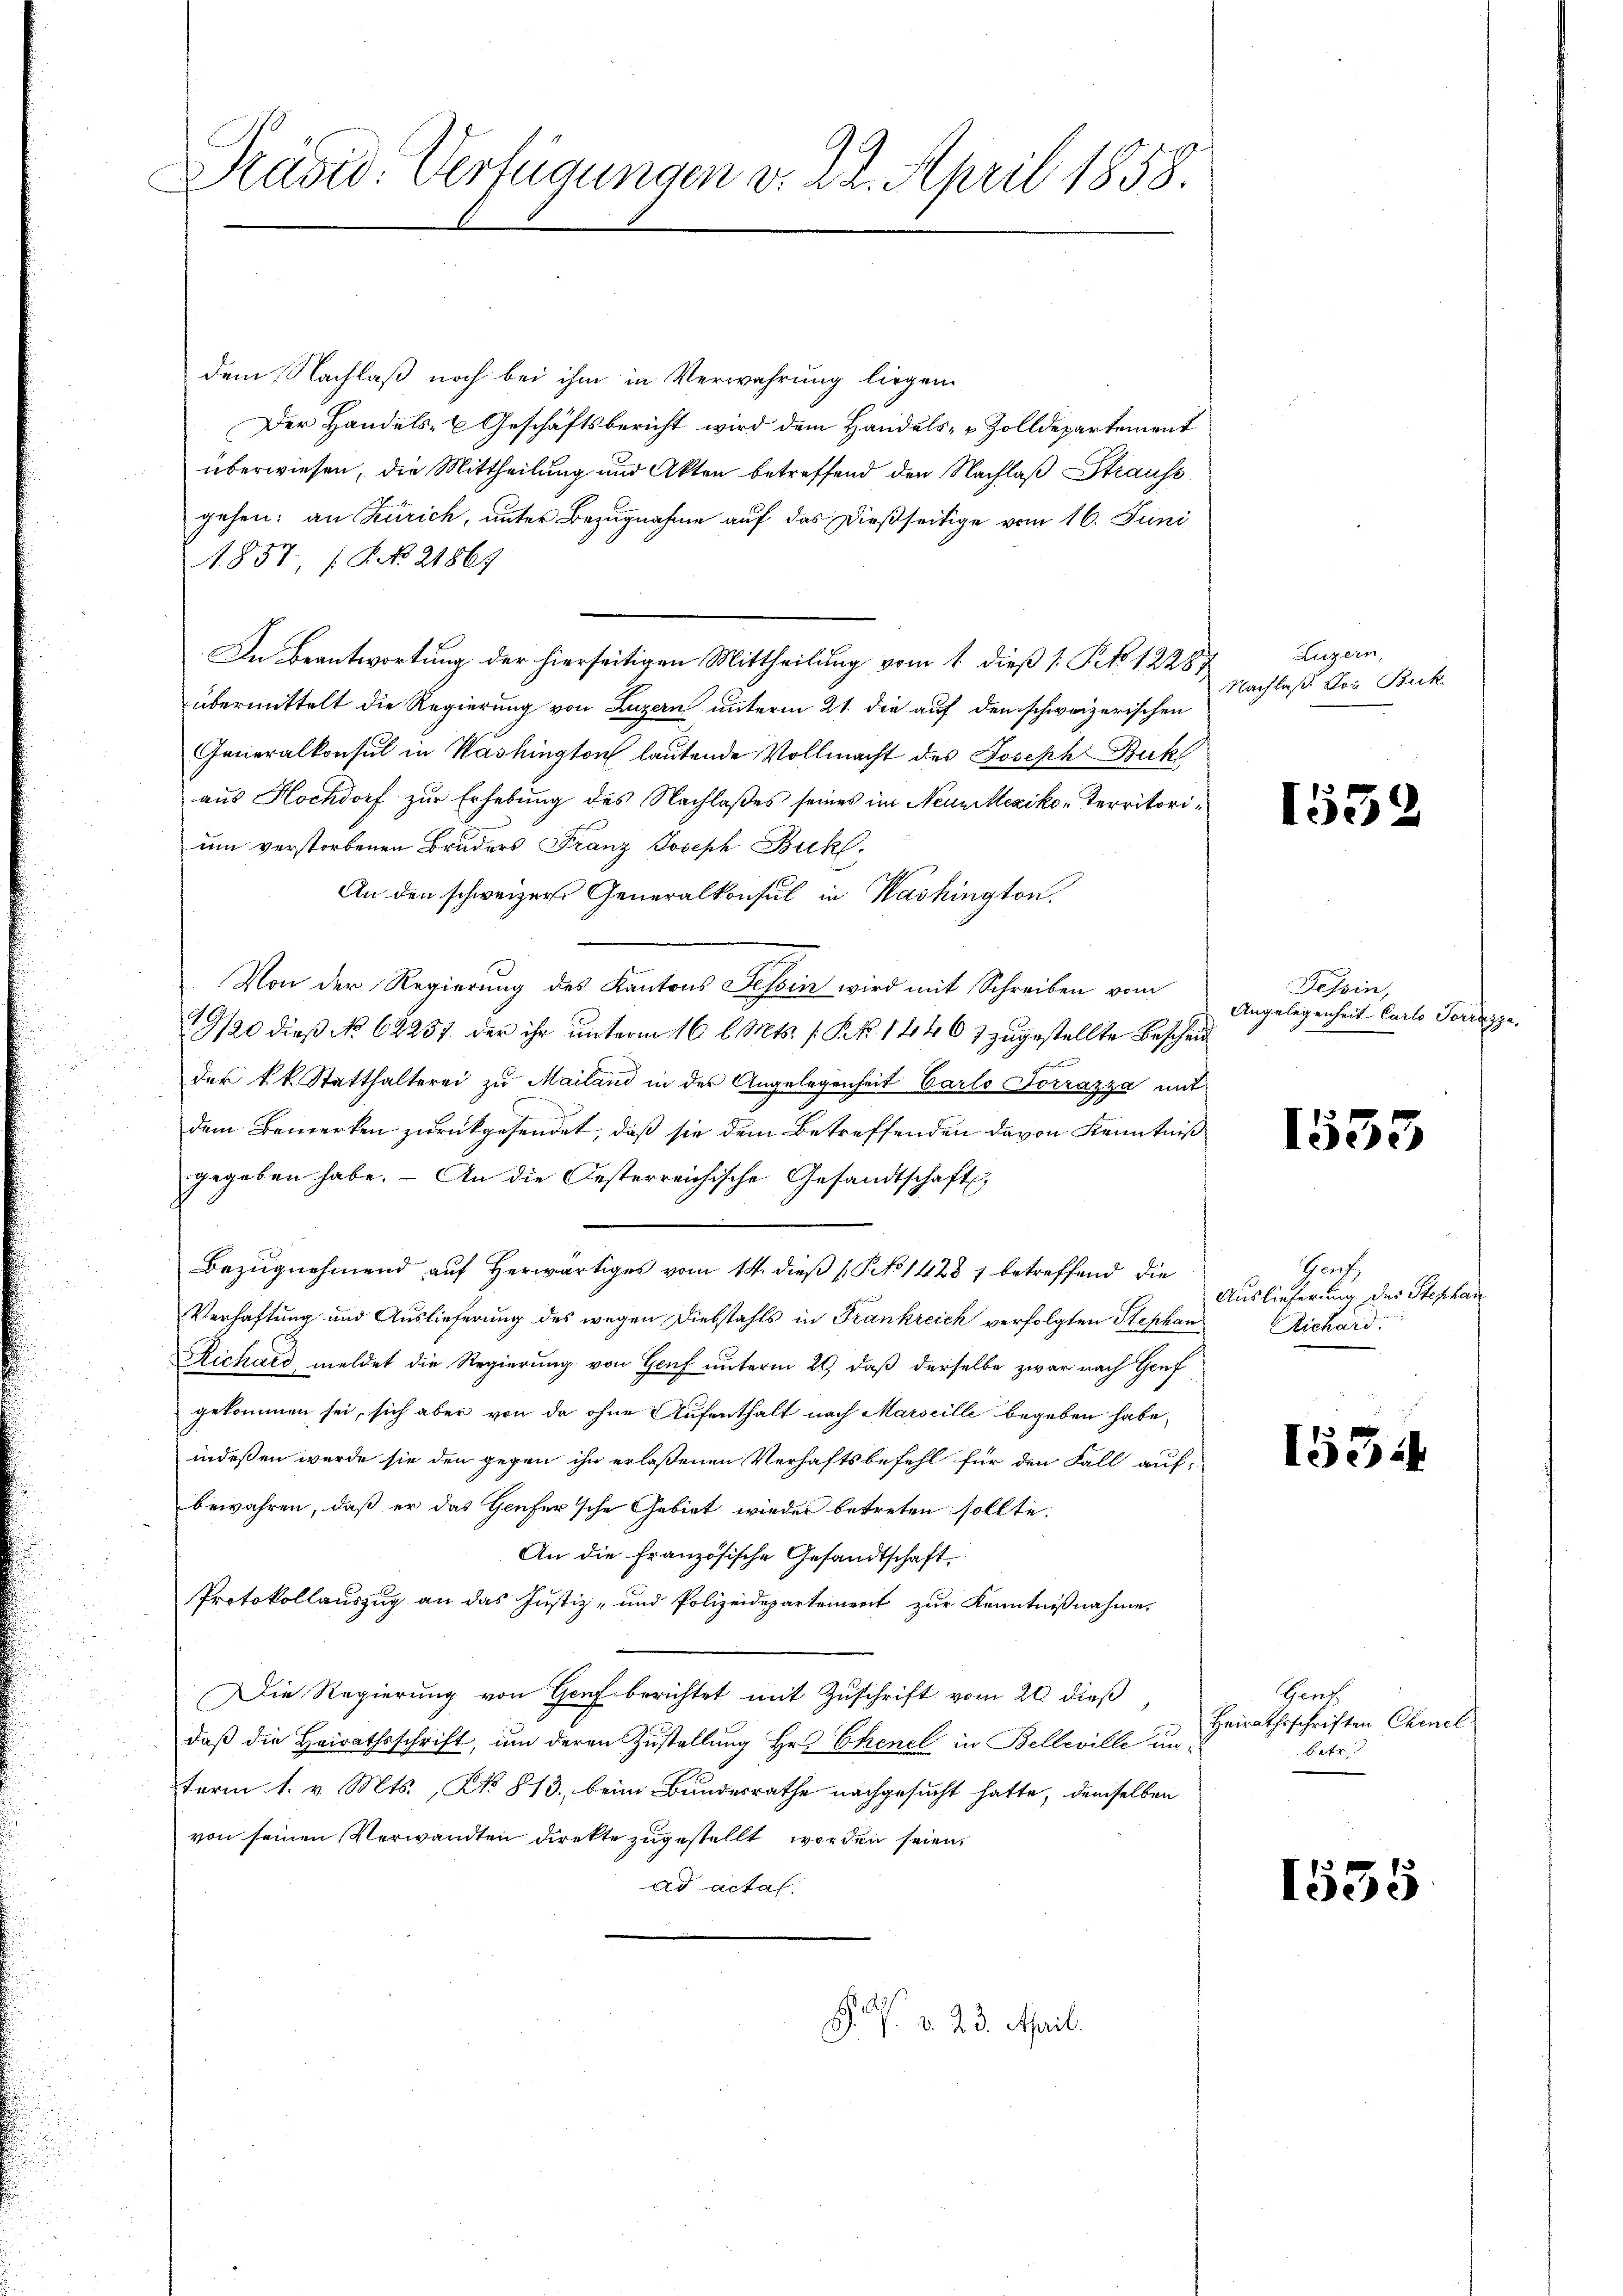
Präsid. Verfügungen v. 22. April 1858.

dem Nachlaß noch bei ihm in Verwahrung liegen
Der Handels- & Geschäftsbericht wird dem Handels- u Zolldepartement
überwiesen, die Mittheilung und Akten betreffend den Nachlaß Strauss
gehen: an Zürich, unter Bezugnahme auf das dießseitige vom 16. Juni
1857, No 21869
In Beantwortung der hierseitigen Mittheilung vom 1. dieß [ P No 1228,
übermittelt die Regierung von Luzern unterm 21. die auf dem schweizerischen
Generalkonsul in Washington lautende Vollmacht des Joseph Bukl
aus Hochdorf zur Erhebung des Nachlaßes seines im Neuniexiko-Territorium verstorbenen Bruders Franz Joseph Bukl.
An den schweizer Generalkonsul in Washington
Von der Regierung des Kantons Tessin wird mit Schreiben vom
19/20 dieß No 62257. der ihr unterm 16. l. Mts. f. P. R. 1446 7 zugestellte Beschein
der k.k. Statthalterei zŭ Mailand in der Angelegenheit Carlo Totrazza mit
dem Bemerken zurückgesendet, daß sie dem Betreffenden davon Kenntniß
gegeben habe. - An die Oesterreichische Gesandtschaft
Bezugnehmend auf herwärtiges vom 14. dieß (Po 1423 1 betreffend die
Verhaftung und Auslieferung des wegen Diebstahls in Frankreich verfolgten Stephan
Richard meldet die Regierung von Genf unterm 20, daß derselbe zwar nach Genf
gekommen sei, sich aber von da ohne Aufenthalt nach Marseille begeben habe,
indeßen wurde sie den gegen ihn erlaßenen Verhaftsbefehl für den Fall aufbewahren, daß er das Genfer’sche Gebiet wieder betreten sollte.
An die französische Gesandtschaft
Protokollauszug an das Justiz- und Polizeidepartement zur Kenntnißnahme,
Die Regierung von Genf berichtet mit Zuschrift vom 20 dieß,
daß die Heirathsschrift, um deren Zustellung Hr. Chenel in Belleville un-
term 1. v. Mts., No. 813, beim Bundesrathe nachgesucht hatte, demselben
von seinen Verwandten direkte zugestellt worden seien,
ad actaf.

. P. v. 23. April.

Luzern,
Nachlaß von Buk

1532

Tessin,
Angelegenheit Carlo Torrazz

1555

Hoch
Auslieferung des Stephan
Richard.

1534

Gent
Heirathsschriften Chenel
Betr.

1535